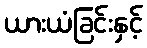
ယားယံခြင်းနှင့်